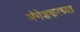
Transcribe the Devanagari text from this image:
मंगेशकरच्या